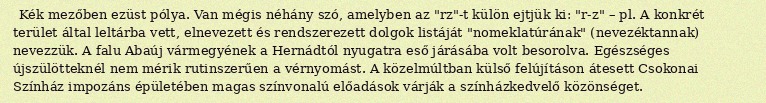
Kék mezőben ezüst pólya. Van mégis néhány szó, amelyben az "rz"-t külön ejtjük ki: "r-z" – pl. A konkrét terület által leltárba vett, elnevezett és rendszerezett dolgok listáját "nomeklatúrának" (nevezéktannak) nevezzük. A falu Abaúj vármegyének a Hernádtól nyugatra eső járásába volt besorolva. Egészséges újszülötteknél nem mérik rutinszerűen a vérnyomást. A közelmúltban külső felújításon átesett Csokonai Színház impozáns épületében magas színvonalú előadások várják a színházkedvelő közönséget.